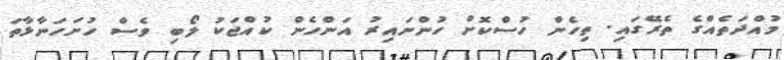
މުއްދަތެއްގެ ތެރޭގައި. ތިހެން ހުސްކޮށް ހުންނައިރު އަންހެން ކުއްޖަކު ލޯބި ވެސް ހުށަހަނާޅާތަ